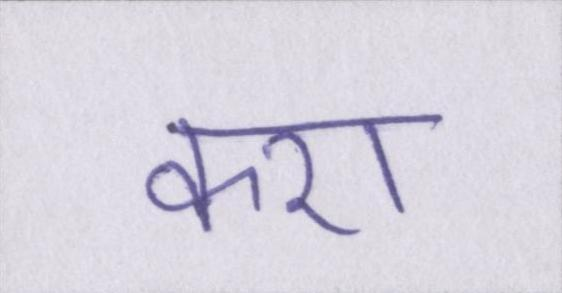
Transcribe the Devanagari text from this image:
करा